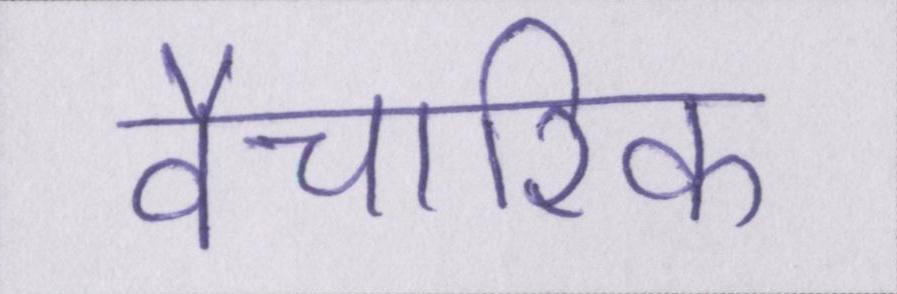
वैचारिक